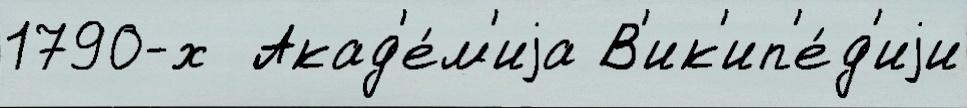
1790-х  Акад'е́м'иjа В'ик'ип'е́д'иjи